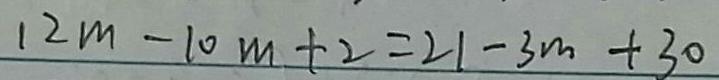
1 2 m - 1 0 m + 2 = 2 1 - 3 m + 3 0